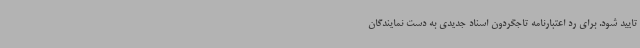
تایید شود. برای رد اعتبارنامه تاجگردون اسناد جدیدی به دست نمایندگان